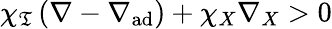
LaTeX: \chi_{\mathfrak{T}}\left(\nabla-\nabla_{\mathrm{{ad}}}\right)+\chi_{X}\nabla_{X}>0